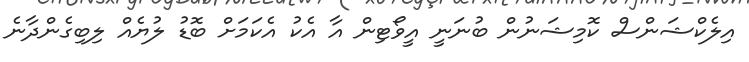
އިލެކްޝަންސް ކޮމިޝަނުން ބުނަނީ އީވޯޓިން އާ އެކު އެކަމަށް ބޮޑު ލުޔެއް ލިބިގެންދާނެ